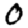
Digit: 0